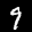
Label: 9